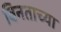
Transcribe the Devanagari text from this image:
विनताच्या